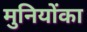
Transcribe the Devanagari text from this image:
मुनियोंका